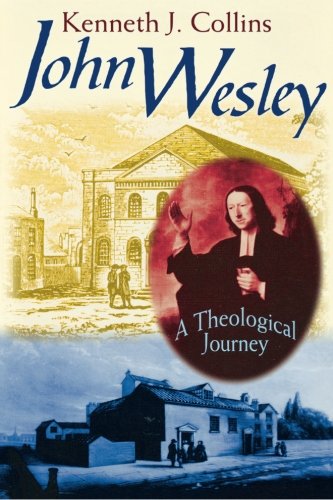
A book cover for John Wesley: A Theological Journey; Kenneth J. Collins; Christian Books & Bibles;